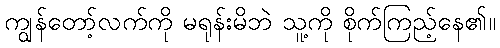
ကျွန်တော့်လက်ကို မရုန်းမိဘဲ သူ့ကို စိုက်ကြည့်နေ၏။